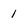
Character: 1